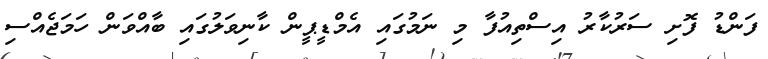
ފަންޑު ފޮށި ސަރުކާރު އިސްތިއުފާ މި ނަމުގައި އެމްޑީޕީން ކާނިވަލުގައި ބާއްވަން ހަމަޖެއްސި